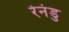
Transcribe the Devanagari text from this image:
रेनंडु